Bréfritari: Sigríður Pálsdóttir
Viðtakandi: Páll Pálsson
Dagsetning: A-1861-09-01
Skrifað á: Breiðabólsstað  Rang.
Páll var bróðir Sigríðar

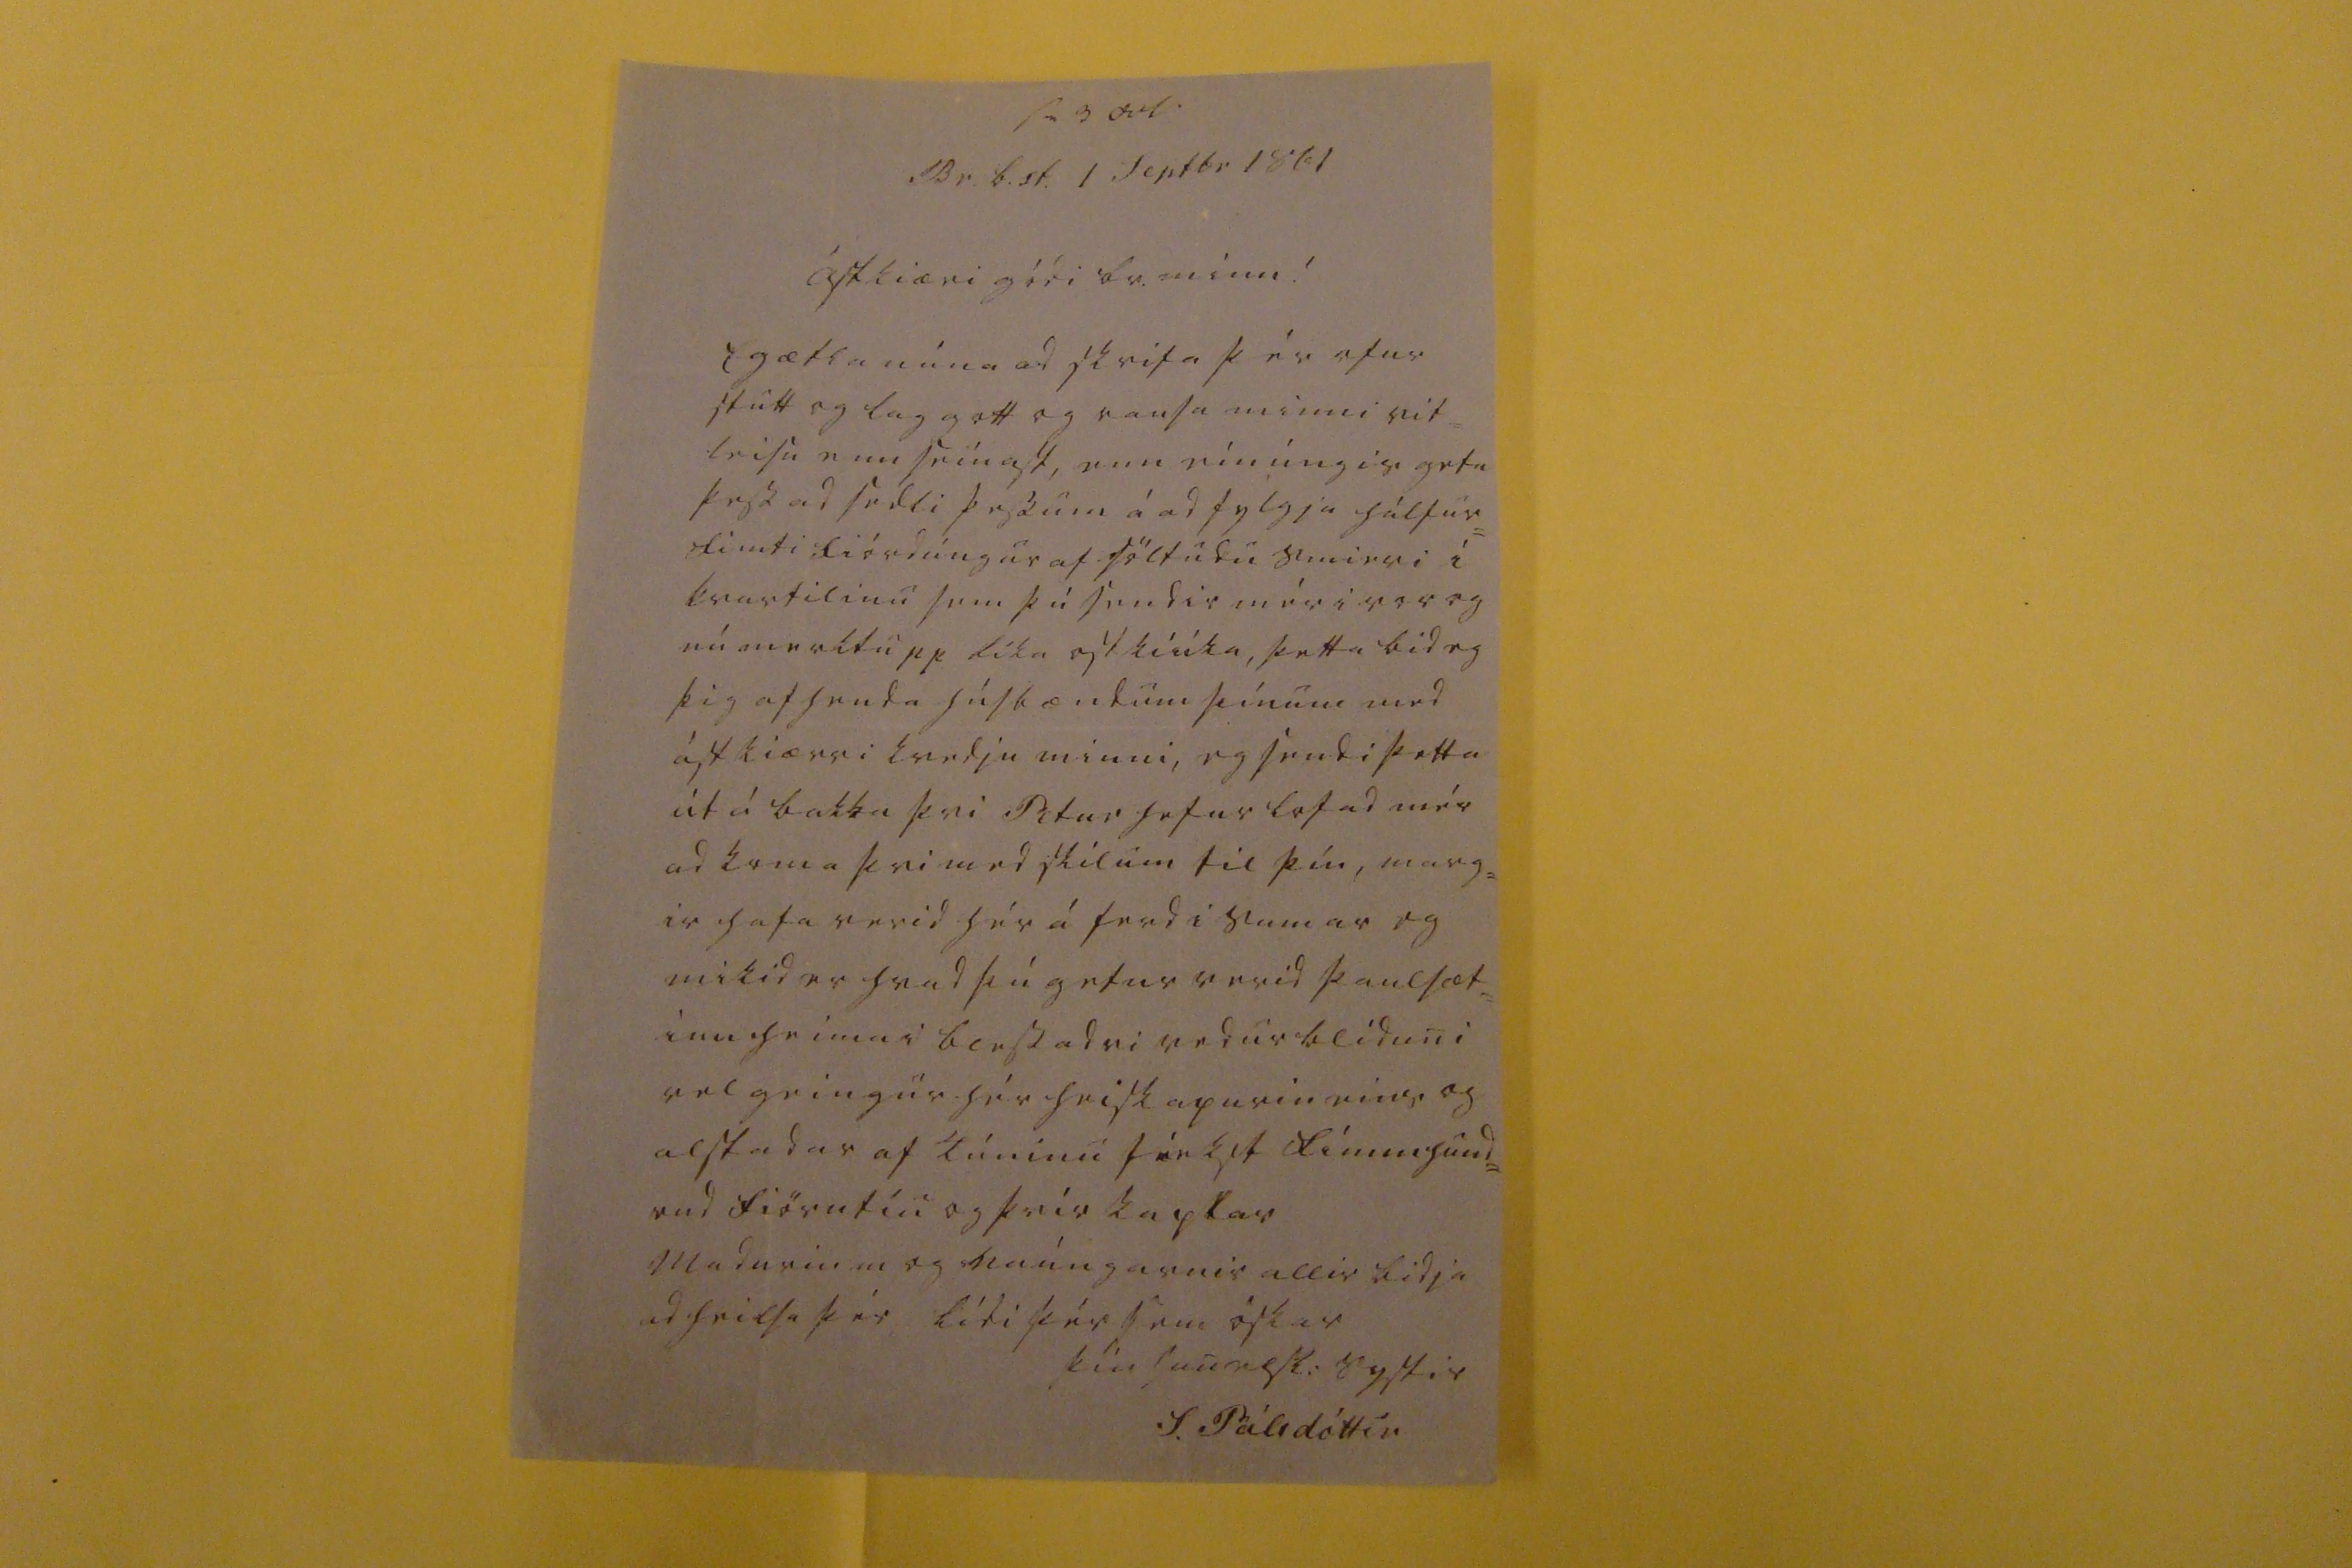

sv 3 Oct
Br.b.st. 1 septbr 1861
ástkiæri gódi br. minn!
Eg ætla núna ad skrifa þér ofur stutt og lag gott og rausa minni vit= leisu enn seinast, enn eínúngis geta þess ad sedli þessum á ad fylgja hálfur= fimti fiórdúngur af söltudu smieri í kvartilinu sem þú sendir mér i vor og nú merkt upp líka ost
kiúka
, þetta bid eg þig afhenda húsbændum þínum med ástkiærri kvedju minni, eg sendi þetta út á bakka þvi Petur hefur lofad mér ad koma þvi medskilum til þín, marg= ir hafa verid hér á ferd i sumar og mikid er hvad þú getur verid þaulsæt= inu heima i blessadri vedurblíduni vel geingur hér heiskapurin eins og alstadar af Túninu fékst fimmhund= rud fiörutíu og þrír kaplar Madurin m og naúngarnir allir bidja ad heilsa þér lídi þér sem óskar
þín sanelsk: systir
S. Pálsdóttir